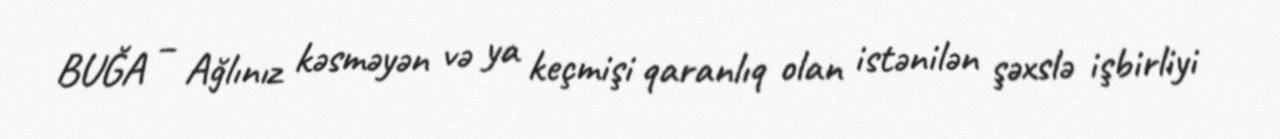
BUĞA – Ağlınız kəsməyən və ya keçmişi qaranlıq olan istənilən şəxslə işbirliyi